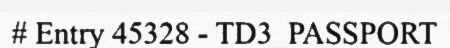
# Entry 45328 - TD3_PASSPORT